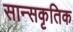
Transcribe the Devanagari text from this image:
सान्सकृतिक